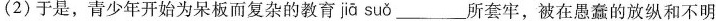
(2)于是，青少年开始为呆板而复杂的教育jā suǒ ___所套牢，被在愚蠢的放纵和不明